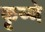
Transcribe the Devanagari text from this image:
कृष्णे